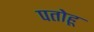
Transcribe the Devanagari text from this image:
पतोहू